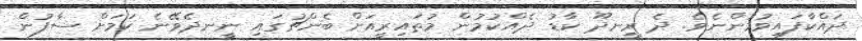
ދަައްކާފައިވުމުންނެވެ. ދެ ރީނދޫ ކާޑު ދެއްކުމުން މުތައިރީއަށް ބެންޗުގައި ނީނދެވޭނެ ކަމަށް ސާފުން